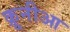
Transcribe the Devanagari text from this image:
क्रूनीआ